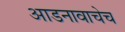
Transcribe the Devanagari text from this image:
आडनावाचेच